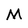
Character: M